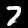
Label: 7